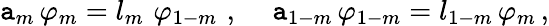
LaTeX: \mathtt{a}_{m}\, \varphi_{m}=l_{m}\, \, \varphi_{1-m}\, \, ,\, \, \, \, \, \, \, \mathtt{a}_{1-m}\, \varphi_{1-m}=l_{1-m}\, \varphi_{m}\, ,